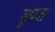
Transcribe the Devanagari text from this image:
सुप्रजा